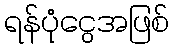
ရန်ပုံငွေအဖြစ်